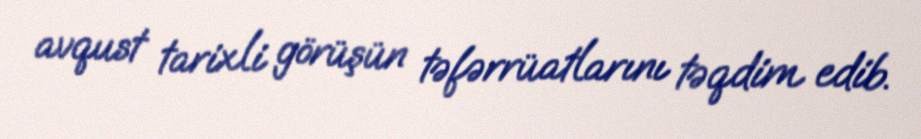
avqust tarixli görüşün təfərrüatlarını təqdim edib.